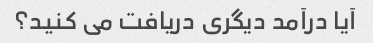
آیا درآمد دیگری دریافت می کنید؟